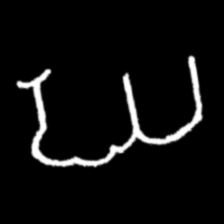
Pyu character \u2014 Myanmar letter: ဃ (romanized: gha)